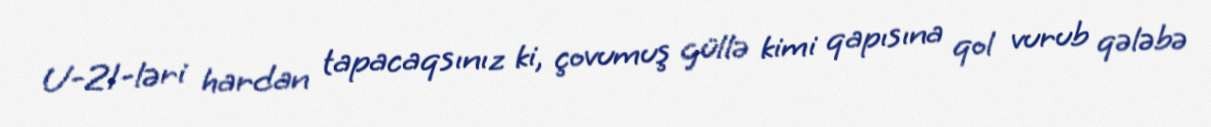
U-21-ləri hardan tapacaqsınız ki, çovumuş güllə kimi qapısına qol vurub qələbə